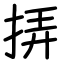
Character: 挵